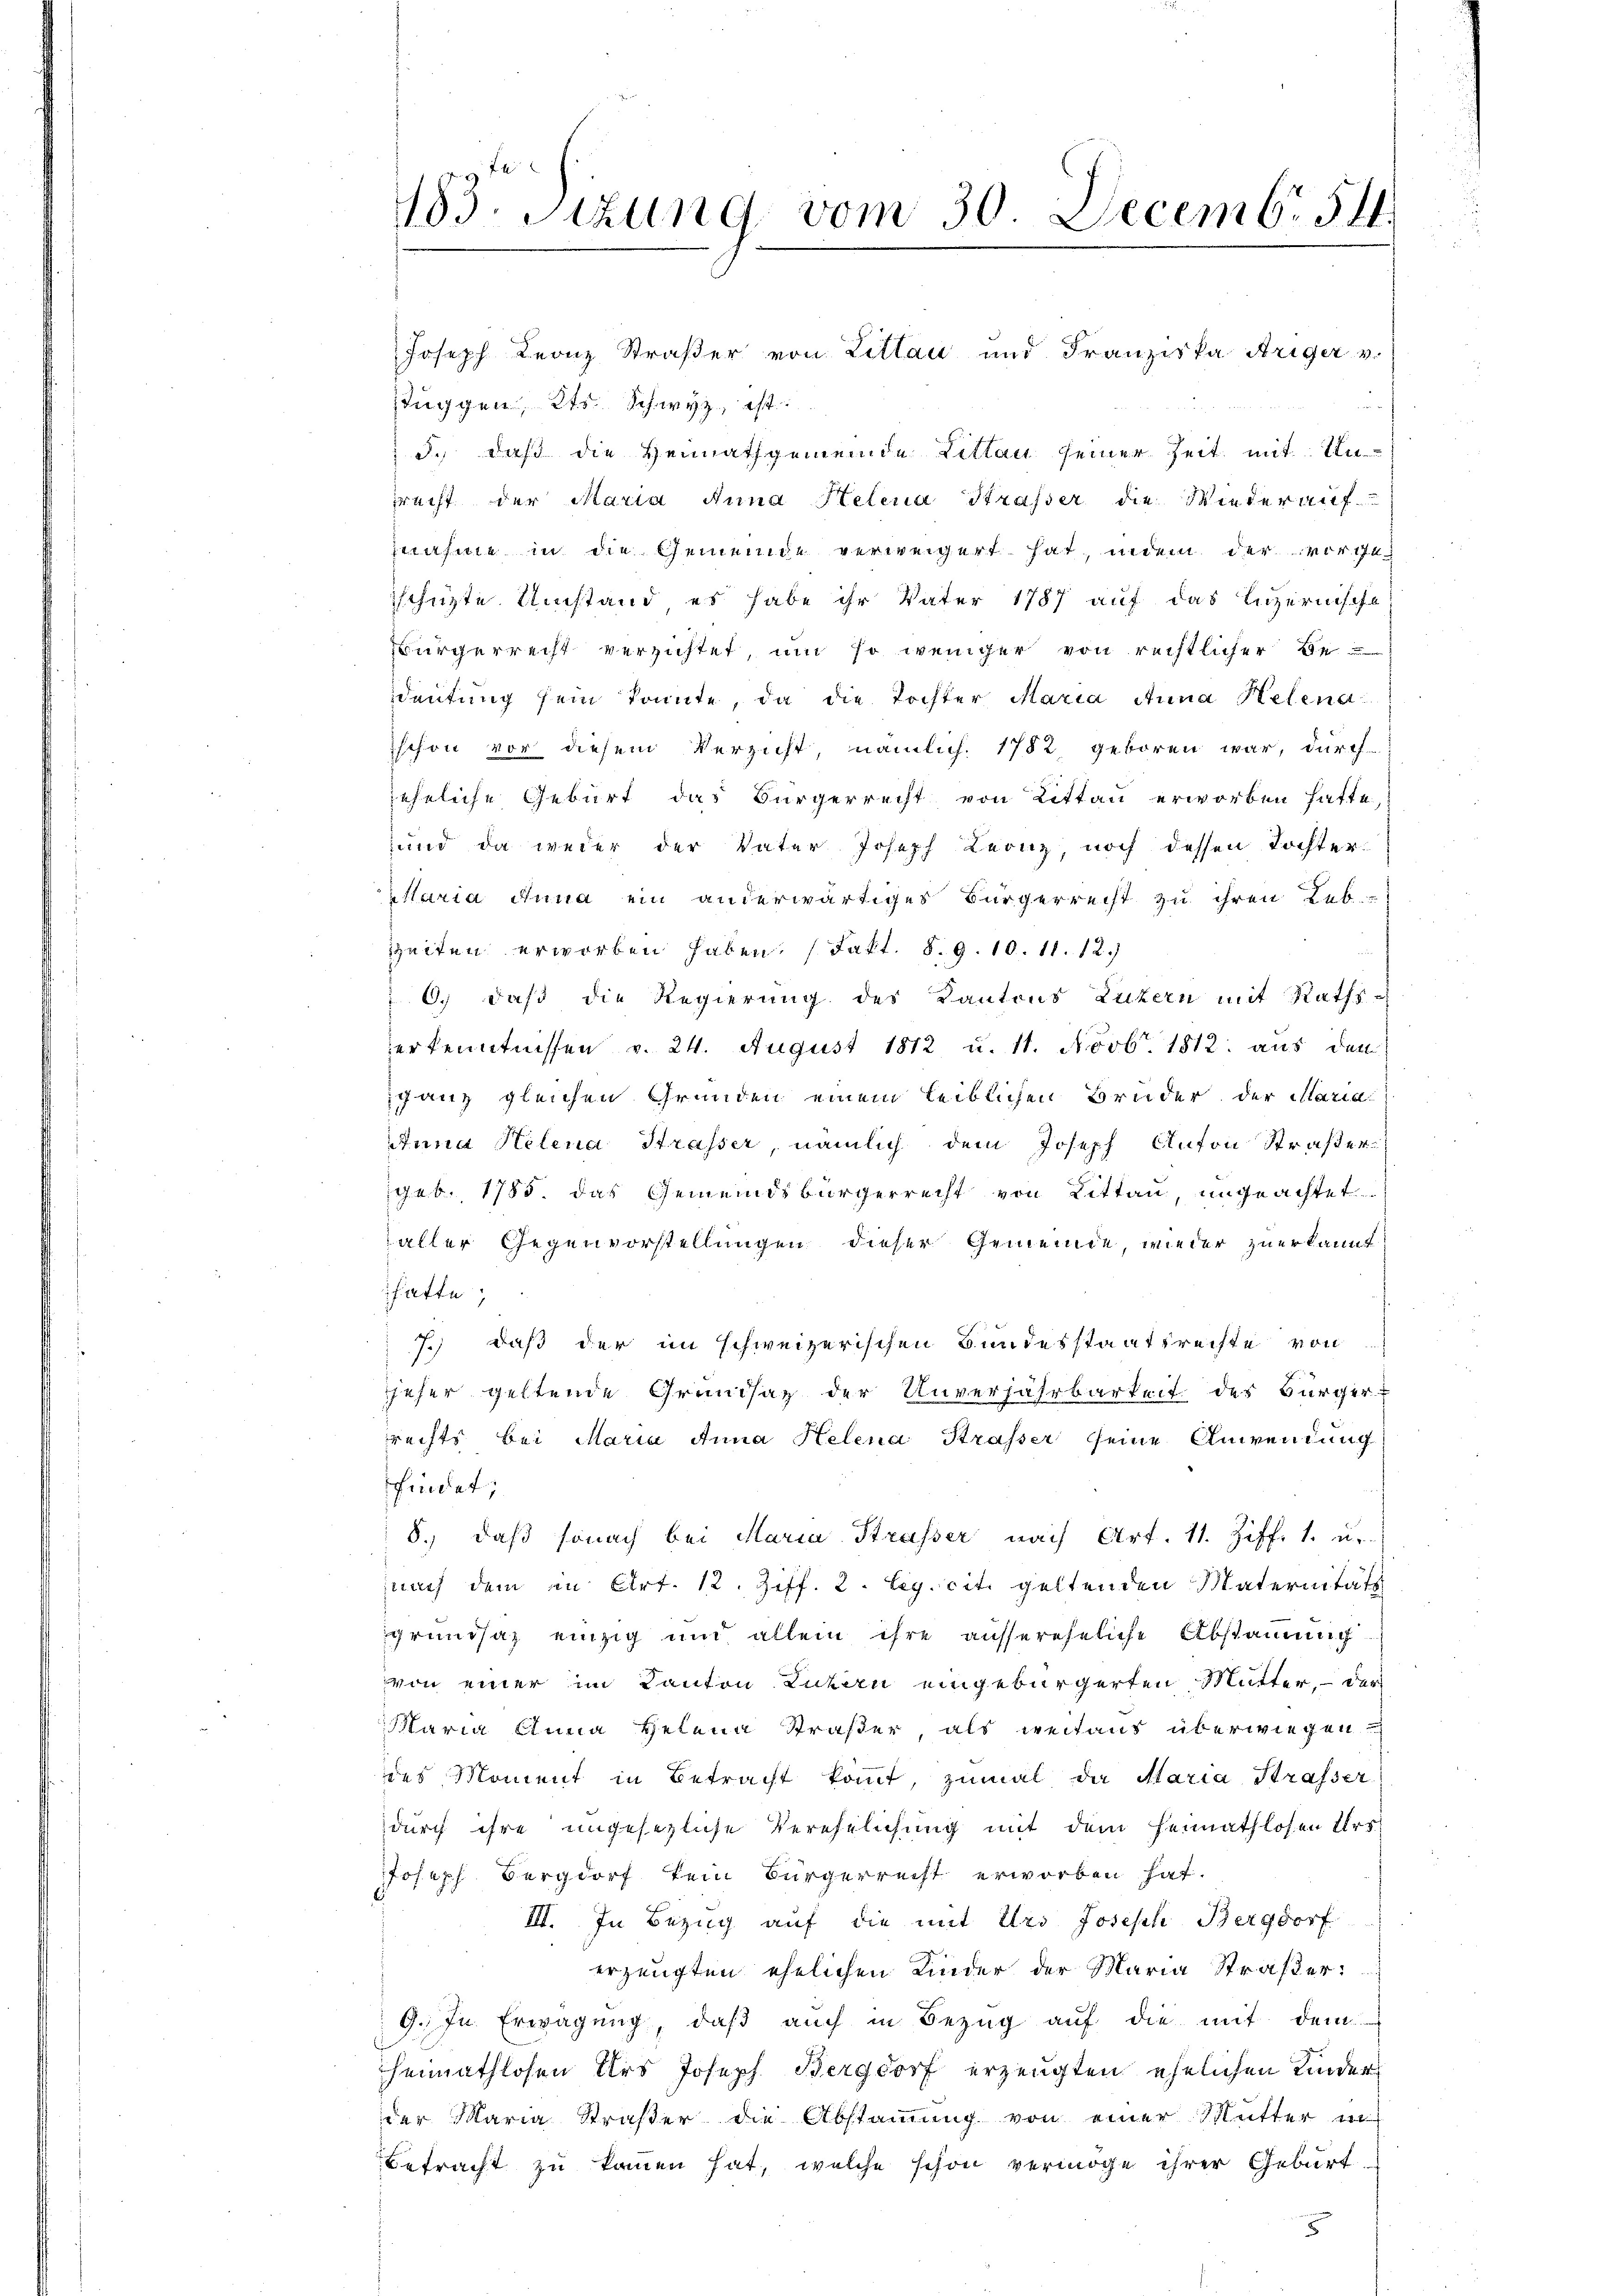
183. Sitzung vom 30. Decemb. 54.

Tuggen, Kts. Schwyz, ist.
3., daß die Hennathgemeinde Littau seiner Zeit mit Un-
recht der Maria Anna Helena Strasser die Wieder auf
znahme in die Gemeinde verweigert hat, indem der vorgeschütte Umstand es habe ihr Vater 1787 auf das Luzernische
Bürgerrecht verzichtet, um so weniger von rechtlicher Be
deutung sein konnte, da die Tochter Maria Anna Helena
schon vor diesem Verzicht, nämlich. 1782 geboren war, durch
jehrliche Geburt das Bürgerrecht von Littau erworben hatte.
und da weder der Vater Joseph Leonz, noch dessen Tochtertaria Anna ein anderwärtiges Bürgerrecht zu ihren Leb¬
Zeiten erworben haben. (Fakt. 8. 9. 10. 11. 12.)
 6. daß die Regierung des Kantons Luzern mit Raths-
erkenntnissen v. 24. August 1812 u. 11. Novbr. 1812. aus den
ganz gleichen Gründen einem Leiblichen Bruder der Maria
Anna Helena Strasser, nämlich dem Joseph Anton Straßergeb. 1785. das Gemeindsbürgerrecht von Littau, ungeachtet
aller Gegenvorstellungen dieser Gemeinde, wieder zuerkannt
hatte;
7.) Daß der im schweizerischen Bundesstaatsrechte von
jeher geltende Grundsaz der Unverjährbarkeit des Bürger-
rechts bei Maria Anna Helena Strasser seine Anwendung
findet,
8., daß sonach bei Maria Strasser nach Art. 11. Ziff. 1. u.
nach dem in Art. 12. Ziff. 2. Leg. cit. geltenden Maternität
grundsaz einzig und allein ihre aussereheliche Abstamung
von einer im Kanton Luzern eingebürgerten Mutter, der
Maria Anna Helena Straßer, als weitaus überwiegen
des Moment in Betracht kommt, zumal da Alaria Strasser
durch ihre ungesezliche Verehelichung mit dem Heimathlosen Urs¬
Joseph Burgdorf kein Bürgerrecht erworben hat.
III. In Bezug auf die mit Urs Joseph Bergdorf
erzeugten ehelichen Kinder der Maria Straßer¬
9. In Erwägung, daß auch in Bezug auf die mit dem
heimathlosen Urs Joseph Bergdorf erzeugten ehelichen Kinder
der Maria Straßer die Abstammung von einer Mutter in
betracht zu kommen hat, welche schon vermöge ihrer Geburt.

Joseph Leonz Straßer von Littau und Franziska Ariger v.